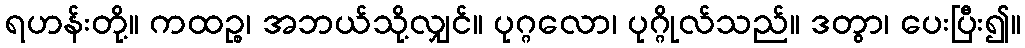
ရဟန်းတို့။ ကထဉ္စ၊ အဘယ်သို့လျှင်။ ပုဂ္ဂလော၊ ပုဂ္ဂိုလ်သည်။ ဒတွာ၊ ပေးပြီး၍။